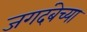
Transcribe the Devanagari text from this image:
जगदंबेच्या